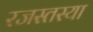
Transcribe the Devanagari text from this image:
रजस्तस्या